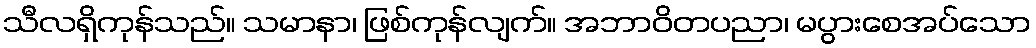
သီလရှိကုန်သည်။ သမာနာ၊ ဖြစ်ကုန်လျက်။ အဘာဝိတပညာ၊ မပွားစေအပ်သော